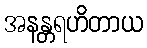
အနန္တရဟိတာယ